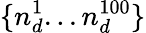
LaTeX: \{ n_{d}^{1}...n_{d}^{100}\}